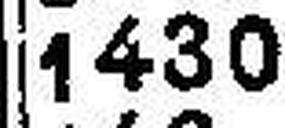
1430